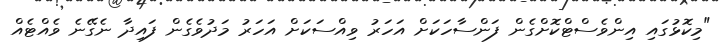
"މިކޮޅުގައި އިންވެސްޓްކޮށްގެން ފަންސާހަކަށް އަހަރު ވިއްސަކަށް އަހަރު މަދުވެގެން ފައިދާ ނެގޭނެ ވެއްޓެއް